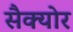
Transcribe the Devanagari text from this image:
सैक्योर